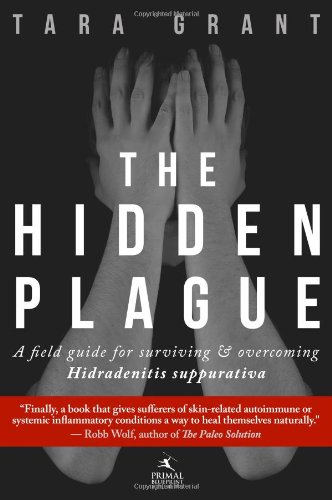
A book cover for The Hidden Plague: A Field Guide For Surviving and Overcoming Hidradenitis Suppurativa; Tara Grant; Health, Fitness & Dieting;